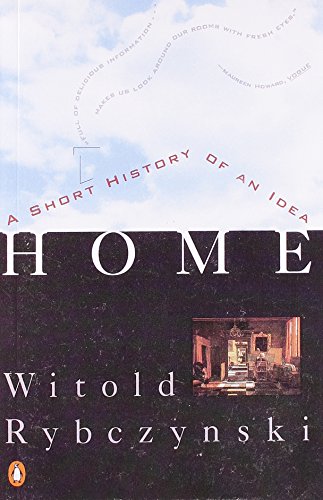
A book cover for Home: A Short History of an Idea; Witold Rybczynski; Crafts, Hobbies & Home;